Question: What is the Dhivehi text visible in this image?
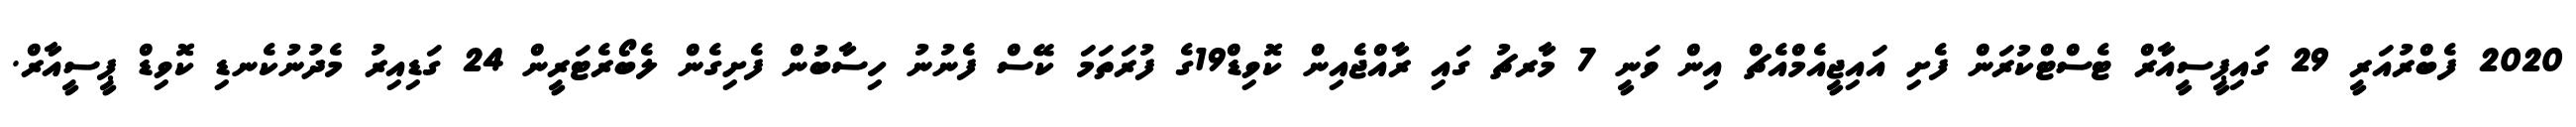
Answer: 2020 ފެބްރުއަރީ 29 ގައިޕީސީއާރް ޓެސްޓްކުރަން ފެށި އައިޖީއެމްއެޗް އިން ވަނީ 7 މާރޗު ގައި ރާއްޖެއިން ކޮވިޑް19ގެ ފުރަތަމަ ކޭސް ފެނުނު ހިސާބުން ފެށިގެން ލެބޯރެޓަރީން 24 ގަޑިއިރު މެދުނުކެނޑި ކޮވިޑް ޕީސީއާރް.